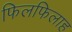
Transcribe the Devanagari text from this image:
फिलफिलाह